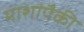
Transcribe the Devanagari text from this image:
माशांपैकी